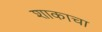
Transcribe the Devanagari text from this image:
शाकाचा